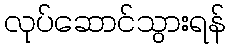
လုပ်ဆောင်သွားရန်